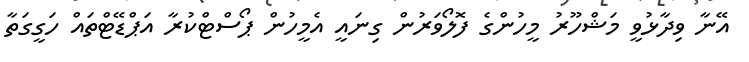
އޭނާ ވިދާޅުވީ މަޝްހޫރު މީހުންގެ ފޮލޯވަރުން ގިނައީ އެމީހުން ޕޯސްޓްކުރާ އަޕްޑޭޓްތައް ހަގީގަތާ